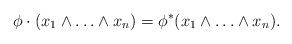
LaTeX: \begin{align*}\phi\cdot(x_1\wedge \ldots \wedge x_n) = \phi^{*}(x_1 \wedge \ldots \wedge x_n).\end{align*}